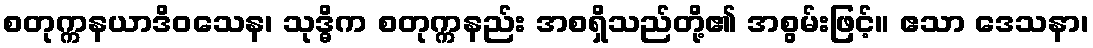
စတုက္ကနယာဒိဝသေန၊ သုဒ္ဓိက စတုက္ကနည်း အစရှိသည်တို့၏ အစွမ်းဖြင့်။ ဧသာ ဒေသနာ၊